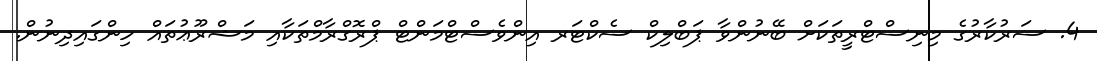
4. ސަރުކާރުގެ މިނިސްޓްރީތަކަށް ބޭނުންވާ ޕަބްލިކް ސެކްޓަރ އިންވެސްޓްމަންޓް ޕްރޮގްރާމްތަކާއި މަޝްރޫޢުތައް ހިންގައިދިނުން.